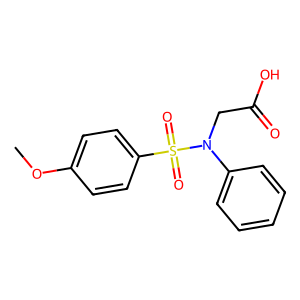
SMILES: COc1ccc(S(=O)(=O)N(CC(=O)O)c2ccccc2)cc1
Inhibits HIV replication: No